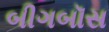
બીગબૉસ